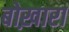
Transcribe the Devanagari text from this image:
बोख़ारा